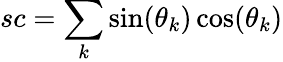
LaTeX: sc=\sum_{k}\sin(\theta_{k})\cos(\theta_{k})